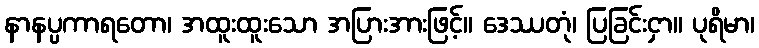
နာနပ္ပကာရတော၊ အထူးထူးသော အပြားအားဖြင့်။ ဒေဿတုံ၊ ပြခြင်းငှာ။ ပုရိမာ၊